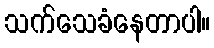
သက်သေခံနေတာပါ။